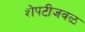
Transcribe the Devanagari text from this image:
शेपटीजवळ